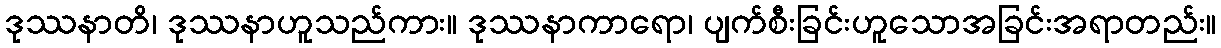
ဒုဿနာတိ၊ ဒုဿနာဟူသည်ကား။ ဒုဿနာကာရော၊ ပျက်စီးခြင်းဟူသောအခြင်းအရာတည်း။